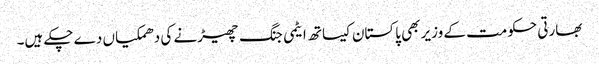
بھارتی حکومت کے وزیر بھی پاکستان کیساتھ ایٹمی جنگ چھیڑنے کی دھمکیاں دے چکے ہیں۔